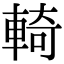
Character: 輢